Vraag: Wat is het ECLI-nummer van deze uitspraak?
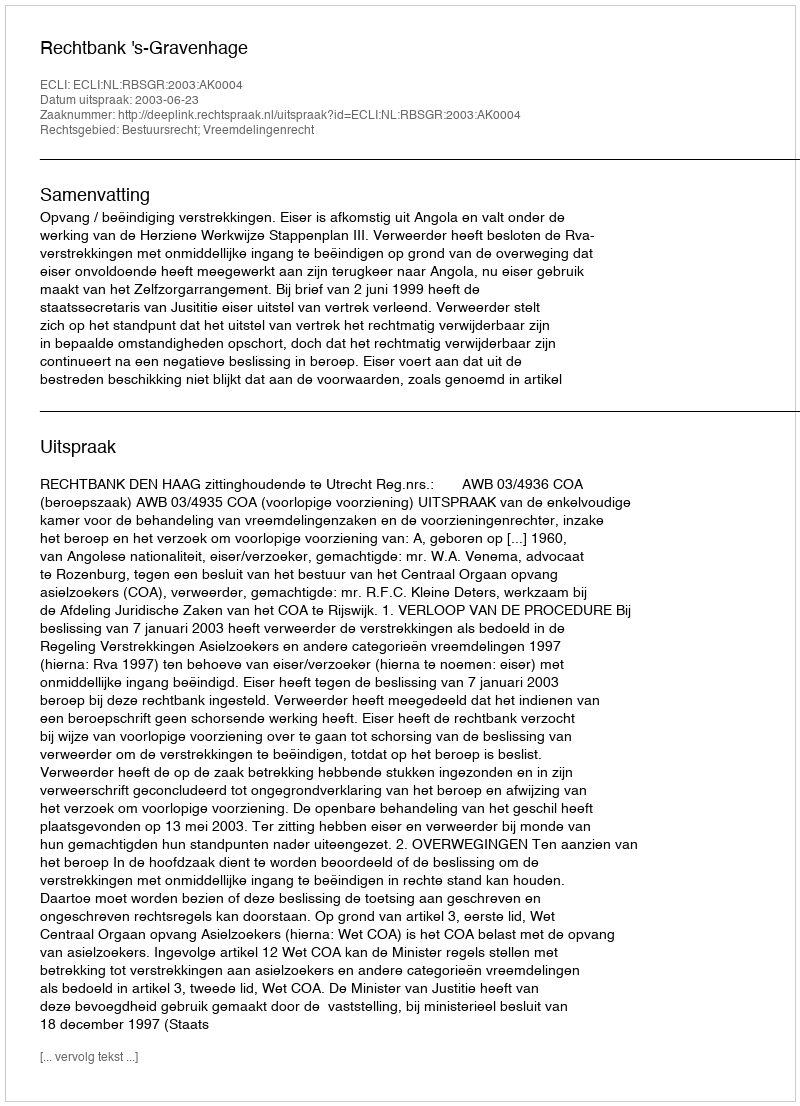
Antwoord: ECLI:NL:RBSGR:2003:AK0004